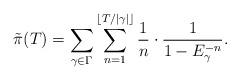
LaTeX: \begin{align*}\tilde{\pi}(T)=\sum_{\gamma\in\Gamma}\sum_{n=1}^{\lfloor T/|\gamma|\rfloor}\frac{1}{n}\cdot \frac{1}{1-E_{\gamma}^{-n}}.\end{align*}